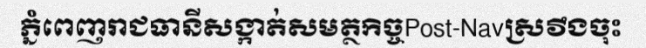
ភ្នំពេញរាជធានីសង្កាត់សមត្ថកិច្ចPost-Navស្រវឹងចុះ